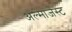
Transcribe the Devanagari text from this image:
अल्माजेस्ट